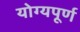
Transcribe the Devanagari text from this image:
योग्यपूर्ण